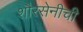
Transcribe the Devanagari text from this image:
शौरसेनीची